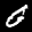
Label: 0